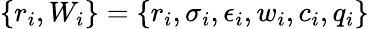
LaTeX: \{ r_{i},W_{i}\} =\{ r_{i},\sigma_{i},\epsilon_{i},w_{i},c_{i},q_{i}\}